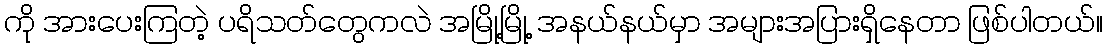
ကို အားပေးကြတဲ့ ပရိသတ်တွေကလဲ အမြို့မြို့ အနယ်နယ်မှာ အများအပြားရှိနေတာ ဖြစ်ပါတယ်။